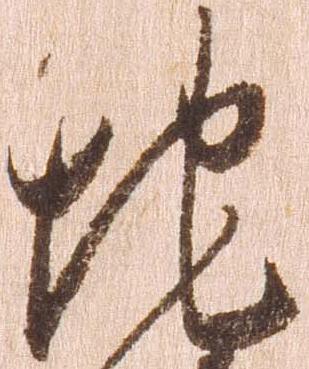
地